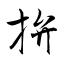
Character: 拚